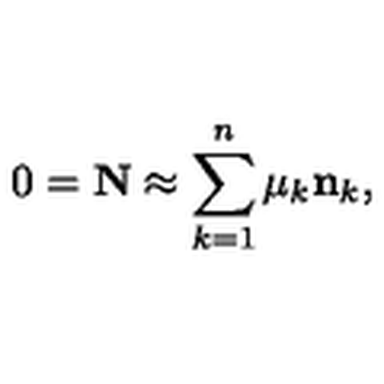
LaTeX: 0 = { \bf N } \approx \sum _ { k = 1 } ^ { n } \mu _ { k } { \bf n } _ { k } ,